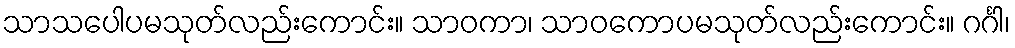
သာသပေါပမသုတ်လည်းကောင်း။ သာဝကာ၊ သာဝကောပမသုတ်လည်းကောင်း။ ဂင်္ဂါ၊